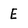
Character: E